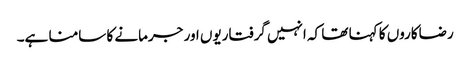
رضاکاروں کا کہنا تھا کہ انہیں گرفتاریوں اور جرمانے کا سامنا ہے۔